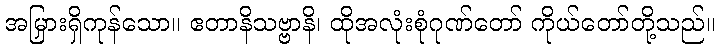
အမြှားရှိကုန်သော။ ဧတာနိသဗ္ဗာနိ၊ ထိုအလုံးစုံဂုဏ်တော် ကိုယ်တော်တို့သည်။